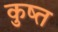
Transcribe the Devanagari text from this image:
कुष्त